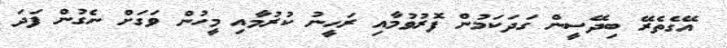
އޭގެތެރޭ ބިދޭސީން ގަދަކަމުން ފޮރުވުމާއި ރަހީނު ކުރުމާއި މީހުން ވަގަށް ނެގުން ފަދަ